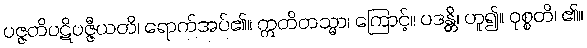
ပဇ္ဇတိပဋိပဇ္ဇီယတိ၊ ရောက်အပ်၏။ ဣတိတသ္မာ၊ ကြောင့်။ ပဒန္တိ၊ ဟူ၍။ ဝုစ္စတိ၊ ၏။